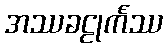
အဿခဠုင်္ကဿ